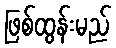
ဖြစ်ထွန်းမည်